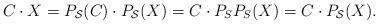
LaTeX: \begin{align*}C \cdot X = P_{\mathcal{S}}(C) \cdot P_{\mathcal{S}}(X) = C \cdot P_S P_S(X) = C \cdot P_{\mathcal{S}}(X).\end{align*}